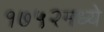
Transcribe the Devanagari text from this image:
१७५२मध्ये